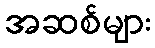
အဆစ်များ